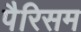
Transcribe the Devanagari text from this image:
पैरिसम